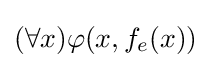
(\forall x)\varphi (x,f_{e}(x))